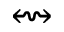
\leftrightsquigarrow